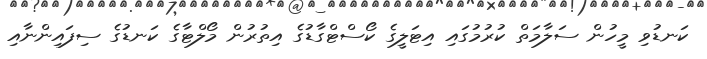
ކަނޑުވި މީހުން ސަލާމަތް ކުރުމުގައި އިޓަލީގެ ކޯސްޓްގާޑުގެ އިތުރުން މޯލްޓާގެ ކަނޑުގެ ސިފައިންނާއި